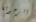
الرجولة